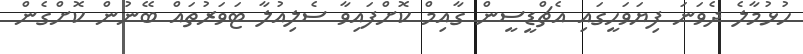
ހުޅުމާލެ ދެވަނަ ފިޔަވަހީގައި އެޗްޑީސީން ގާއިމް ކޮށްފައިވާ ސެލިއުލާ ޓަވަރުތައް ބޭނުން ކޮށްގެން